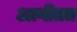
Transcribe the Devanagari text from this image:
आगीतत